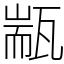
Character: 㼷